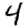
Digit: 4